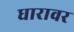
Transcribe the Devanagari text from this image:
धारावर